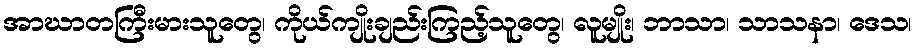
အာဃာတကြီးမားသူတွေ၊ ကိုယ်ကျိုးချည်းကြည့်သူတွေ၊ လူမျိုး၊ ဘာသာ၊ သာသနာ၊ ဒေသ၊